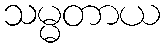
သမ္မတာယ